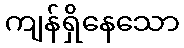
ကျန်ရှိနေသော